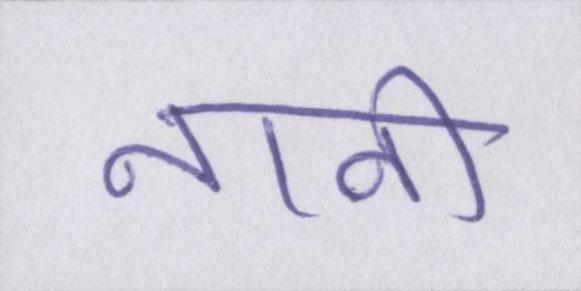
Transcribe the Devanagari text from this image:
नानी